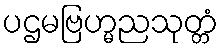
ပဌမဗြဟ္မညသုတ္တံ